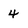
Character: 4